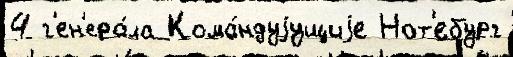
4 г'ен'ера́ла Кома́ндуjущиjе Нот'ебург